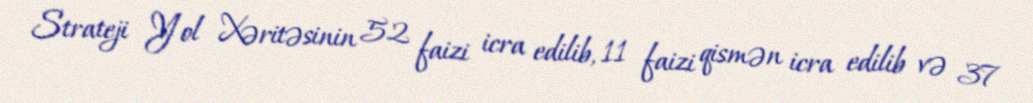
Strateji Yol Xəritəsinin 52 faizi icra edilib, 11 faizi qismən icra edilib və 37